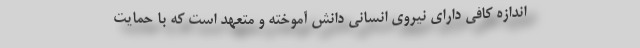
اندازه کافی دارای نیروی انسانی دانش آموخته و متعهد است که با حمایت